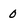
Character: 0